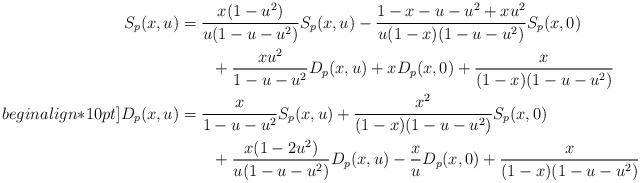
LaTeX: \begin{align*}S_p(x,u) &= \frac{x(1-u^2)}{u(1-u-u^2)}S_p(x,u)-\frac{1-x-u-u^2+xu^2}{u(1-x)(1-u-u^2)}S_p(x,0)\\& \qquad + \frac{xu^2}{1-u-u^2}D_p(x,u) + xD_p(x,0) + \frac{x}{(1-x)(1-u-u^2)}\\begin{align*}10pt]D_p(x,u) &= \frac{x}{1-u-u^2}S_p(x,u) + \frac{x^2}{(1-x)(1-u-u^2)}S_p(x,0)\\& \qquad + \frac{x(1-2u^2)}{u(1-u-u^2)}D_p(x,u) - \frac{x}{u}D_p(x,0) + \frac{x}{(1-x)(1-u-u^2)}\end{align*}